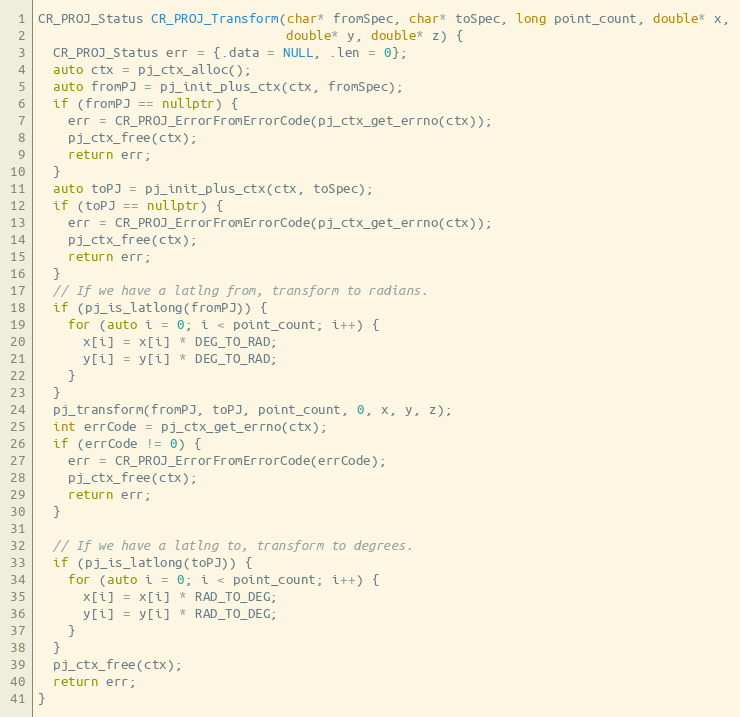
Language: C++
CR_PROJ_Status CR_PROJ_Transform(char* fromSpec, char* toSpec, long point_count, double* x,
                                 double* y, double* z) {
  CR_PROJ_Status err = {.data = NULL, .len = 0};
  auto ctx = pj_ctx_alloc();
  auto fromPJ = pj_init_plus_ctx(ctx, fromSpec);
  if (fromPJ == nullptr) {
    err = CR_PROJ_ErrorFromErrorCode(pj_ctx_get_errno(ctx));
    pj_ctx_free(ctx);
    return err;
  }
  auto toPJ = pj_init_plus_ctx(ctx, toSpec);
  if (toPJ == nullptr) {
    err = CR_PROJ_ErrorFromErrorCode(pj_ctx_get_errno(ctx));
    pj_ctx_free(ctx);
    return err;
  }
  // If we have a latlng from, transform to radians.
  if (pj_is_latlong(fromPJ)) {
    for (auto i = 0; i < point_count; i++) {
      x[i] = x[i] * DEG_TO_RAD;
      y[i] = y[i] * DEG_TO_RAD;
    }
  }
  pj_transform(fromPJ, toPJ, point_count, 0, x, y, z);
  int errCode = pj_ctx_get_errno(ctx);
  if (errCode != 0) {
    err = CR_PROJ_ErrorFromErrorCode(errCode);
    pj_ctx_free(ctx);
    return err;
  }

  // If we have a latlng to, transform to degrees.
  if (pj_is_latlong(toPJ)) {
    for (auto i = 0; i < point_count; i++) {
      x[i] = x[i] * RAD_TO_DEG;
      y[i] = y[i] * RAD_TO_DEG;
    }
  }
  pj_ctx_free(ctx);
  return err;
}